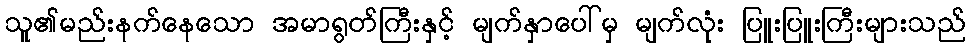
သူ၏မည်းနက်နေသော အမာရွတ်ကြီးနှင့် မျက်နှာပေါ်မှ မျက်လုံး ပြူးပြူးကြီးများသည်